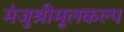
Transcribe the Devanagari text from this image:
मंजुश्रीमूलकल्प